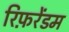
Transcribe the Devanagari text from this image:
रिफ़रेंडम